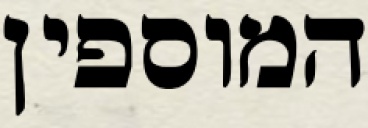
המוספין